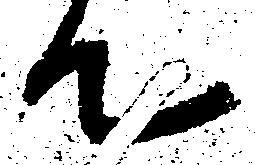
て